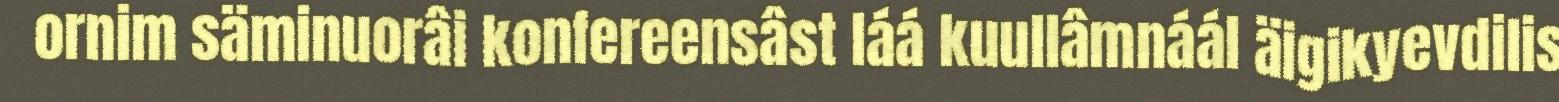
ornim säminuorâi konfereensâst láá kuullâmnáál äigikyevdilis